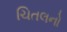
ચિતલનો